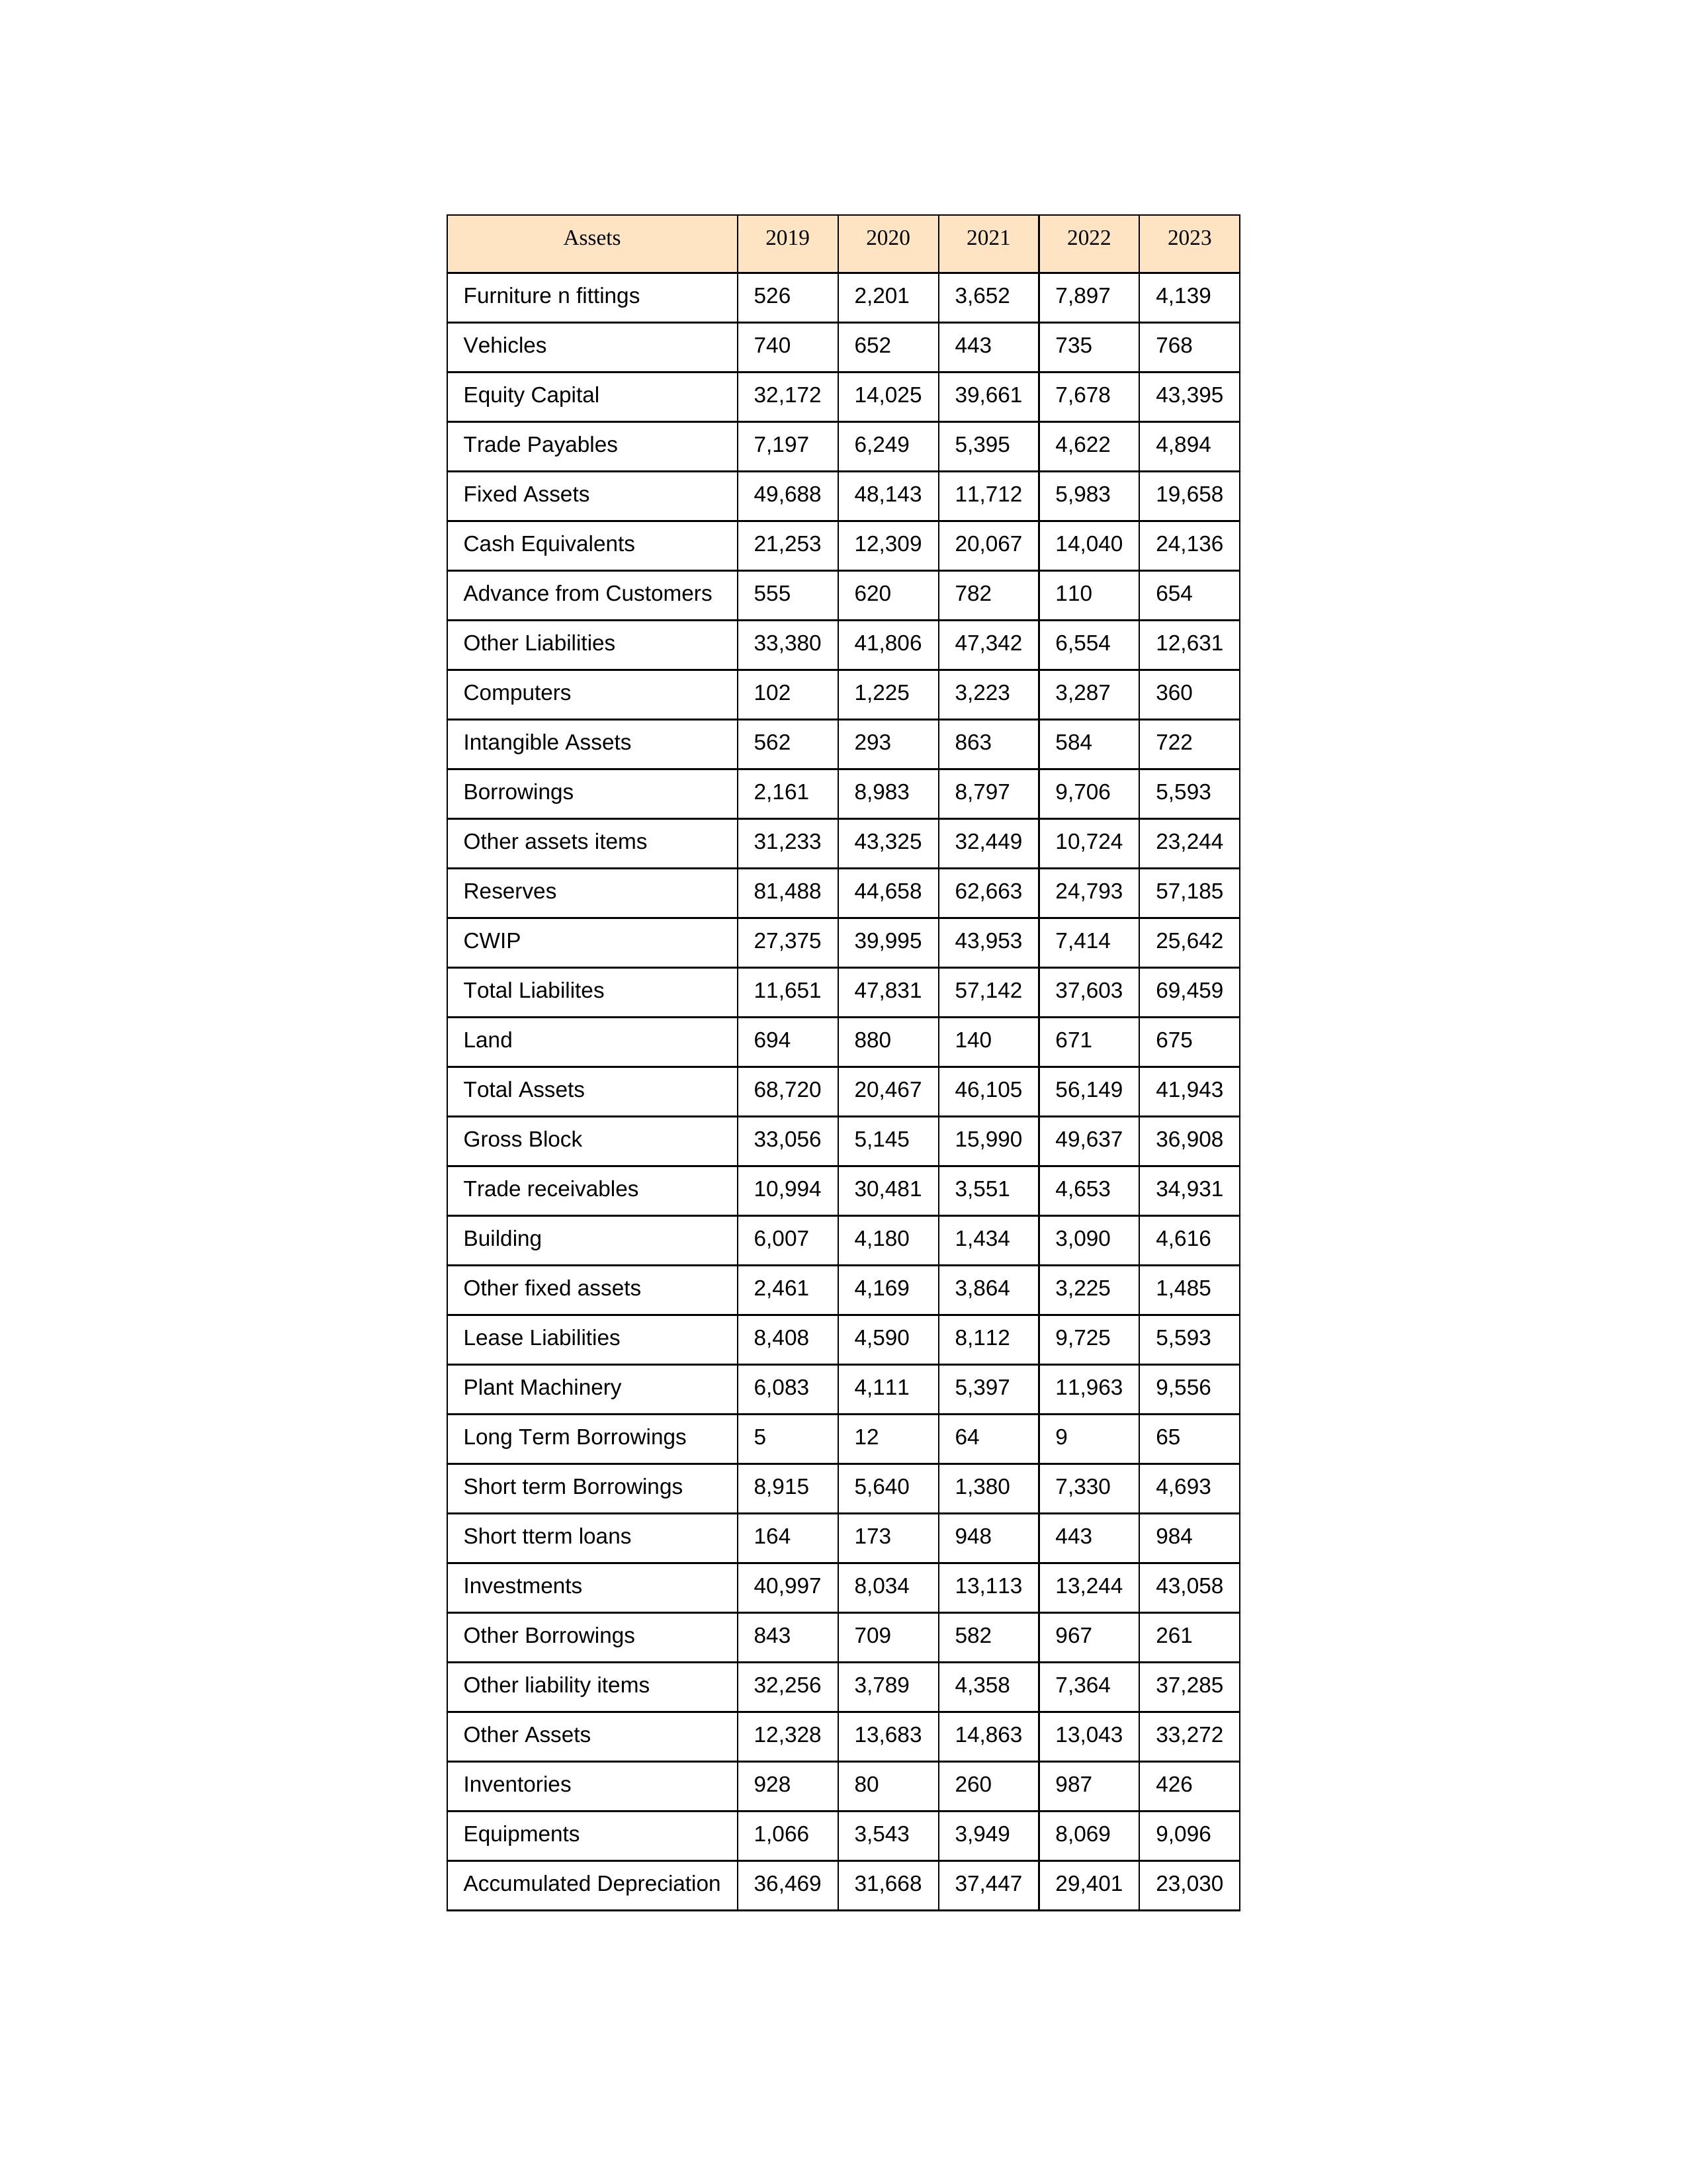
gt_parse: 2019: Equity Capital: 32,172
Reserves: 81,488
Borrowings: 2,161
Long Term Borrowings: 5
Short term Borrowings: 8,915
Lease Liabilities: 8,408
Other Borrowings: 843
Other Liabilities: 33,380
Trade Payables: 7,197
Advance from Customers: 555
Other liability items: 32,256
Total Liabilites: 11,651
Fixed Assets: 49,688
Land: 694
Building: 6,007
Plant Machinery: 6,083
Equipments: 1,066
Computers: 102
Furniture n fittings: 526
Vehicles: 740
Intangible Assets: 562
Other fixed assets: 2,461
Gross Block: 33,056
Accumulated Depreciation: 36,469
CWIP: 27,375
Investments: 40,997
Other Assets: 12,328
Inventories: 928
Trade receivables: 10,994
Cash Equivalents: 21,253
Short tterm loans: 164
Other assets items: 31,233
Total Assets: 68,720
2020: Equity Capital: 14,025
Reserves: 44,658
Borrowings: 8,983
Long Term Borrowings: 12
Short term Borrowings: 5,640
Lease Liabilities: 4,590
Other Borrowings: 709
Other Liabilities: 41,806
Trade Payables: 6,249
Advance from Customers: 620
Other liability items: 3,789
Total Liabilites: 47,831
Fixed Assets: 48,143
Land: 880
Building: 4,180
Plant Machinery: 4,111
Equipments: 3,543
Computers: 1,225
Furniture n fittings: 2,201
Vehicles: 652
Intangible Assets: 293
Other fixed assets: 4,169
Gross Block: 5,145
Accumulated Depreciation: 31,668
CWIP: 39,995
Investments: 8,034
Other Assets: 13,683
Inventories: 80
Trade receivables: 30,481
Cash Equivalents: 12,309
Short tterm loans: 173
Other assets items: 43,325
Total Assets: 20,467
2021: Equity Capital: 39,661
Reserves: 62,663
Borrowings: 8,797
Long Term Borrowings: 64
Short term Borrowings: 1,380
Lease Liabilities: 8,112
Other Borrowings: 582
Other Liabilities: 47,342
Trade Payables: 5,395
Advance from Customers: 782
Other liability items: 4,358
Total Liabilites: 57,142
Fixed Assets: 11,712
Land: 140
Building: 1,434
Plant Machinery: 5,397
Equipments: 3,949
Computers: 3,223
Furniture n fittings: 3,652
Vehicles: 443
Intangible Assets: 863
Other fixed assets: 3,864
Gross Block: 15,990
Accumulated Depreciation: 37,447
CWIP: 43,953
Investments: 13,113
Other Assets: 14,863
Inventories: 260
Trade receivables: 3,551
Cash Equivalents: 20,067
Short tterm loans: 948
Other assets items: 32,449
Total Assets: 46,105
2022: Equity Capital: 7,678
Reserves: 24,793
Borrowings: 9,706
Long Term Borrowings: 9
Short term Borrowings: 7,330
Lease Liabilities: 9,725
Other Borrowings: 967
Other Liabilities: 6,554
Trade Payables: 4,622
Advance from Customers: 110
Other liability items: 7,364
Total Liabilites: 37,603
Fixed Assets: 5,983
Land: 671
Building: 3,090
Plant Machinery: 11,963
Equipments: 8,069
Computers: 3,287
Furniture n fittings: 7,897
Vehicles: 735
Intangible Assets: 584
Other fixed assets: 3,225
Gross Block: 49,637
Accumulated Depreciation: 29,401
CWIP: 7,414
Investments: 13,244
Other Assets: 13,043
Inventories: 987
Trade receivables: 4,653
Cash Equivalents: 14,040
Short tterm loans: 443
Other assets items: 10,724
Total Assets: 56,149
2023: Equity Capital: 43,395
Reserves: 57,185
Borrowings: 5,593
Long Term Borrowings: 65
Short term Borrowings: 4,693
Lease Liabilities: 5,593
Other Borrowings: 261
Other Liabilities: 12,631
Trade Payables: 4,894
Advance from Customers: 654
Other liability items: 37,285
Total Liabilites: 69,459
Fixed Assets: 19,658
Land: 675
Building: 4,616
Plant Machinery: 9,556
Equipments: 9,096
Computers: 360
Furniture n fittings: 4,139
Vehicles: 768
Intangible Assets: 722
Other fixed assets: 1,485
Gross Block: 36,908
Accumulated Depreciation: 23,030
CWIP: 25,642
Investments: 43,058
Other Assets: 33,272
Inventories: 426
Trade receivables: 34,931
Cash Equivalents: 24,136
Short tterm loans: 984
Other assets items: 23,244
Total Assets: 41,943